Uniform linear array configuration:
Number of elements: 16
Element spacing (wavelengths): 1
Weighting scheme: exponential
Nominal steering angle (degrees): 15
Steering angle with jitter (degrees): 13.287
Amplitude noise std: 0.05
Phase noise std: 0.05

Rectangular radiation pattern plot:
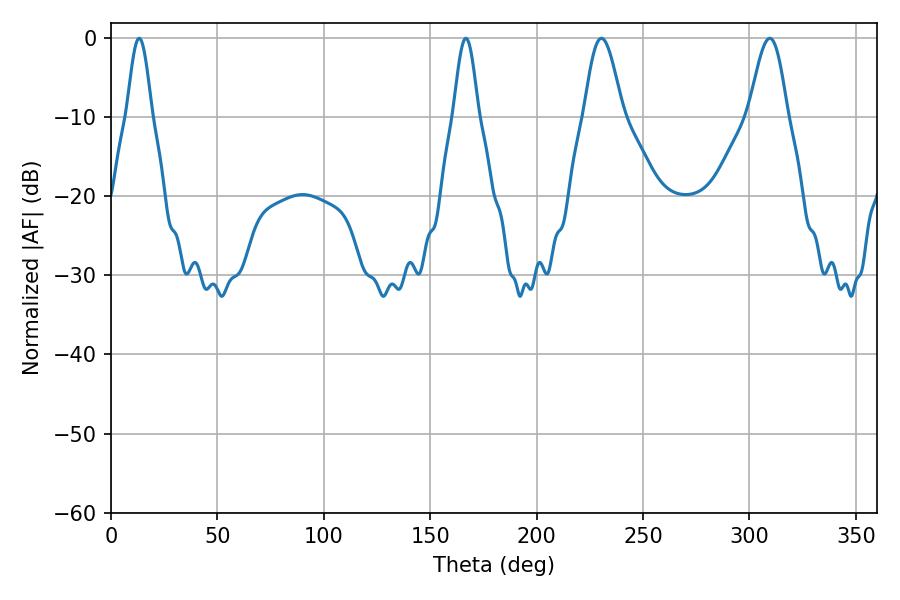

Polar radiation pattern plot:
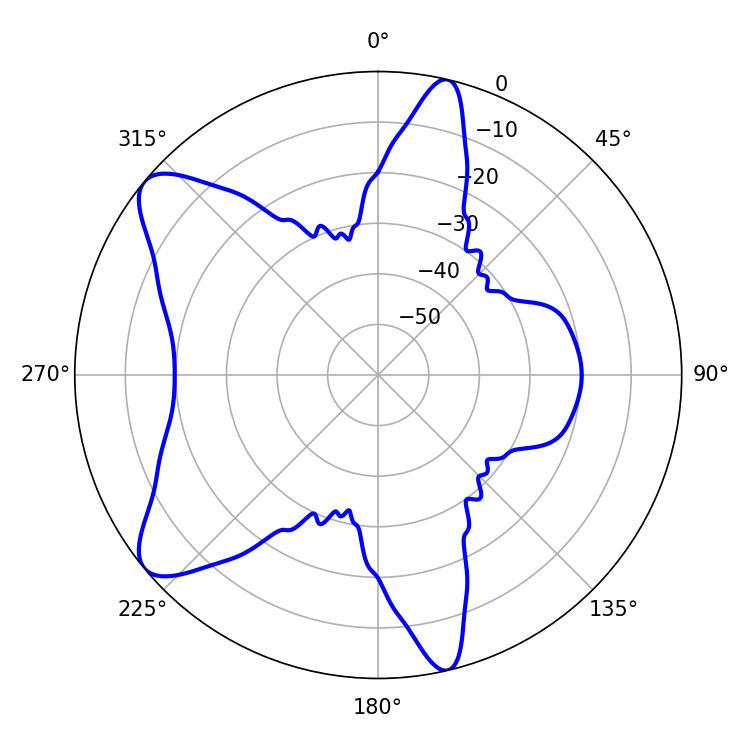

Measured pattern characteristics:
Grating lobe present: TRUE
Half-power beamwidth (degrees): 9.72
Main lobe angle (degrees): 230.4